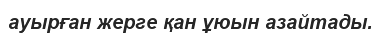
ауырған жерге қан ұюын азайтады.